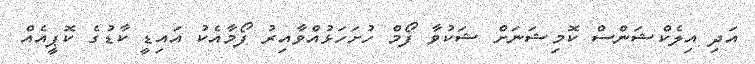
އަދި އިލެކްޝަންސް ކޮމިޝަނަށް ޝަކުވާ ފޯމް ހުށަހަޅުއްވާއިރު ފޯމާއެކު އައިޑީ ކާޑުގެ ކޮޕީއެއް